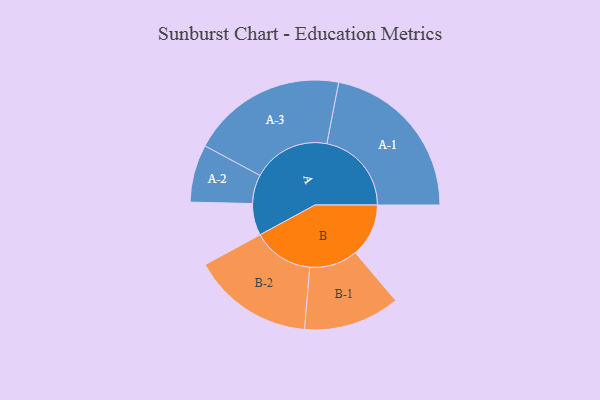
{"axis": {"x": "Segment", "y": "Value"}, "legend": ["", "A", "B"], "data": [{"x": "A", "y": 112, "type": ""}, {"x": "B", "y": 187, "type": ""}, {"x": "A-1", "y": 297, "type": "A"}, {"x": "A-2", "y": 101, "type": "A"}, {"x": "A-3", "y": 273, "type": "A"}, {"x": "B-1", "y": 169, "type": "B"}, {"x": "B-2", "y": 213, "type": "B"}]}